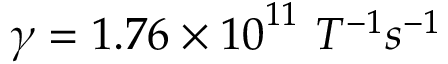
\gamma = 1 . 7 6 \times { 1 0 } ^ { 1 1 } \ { { T } } ^ { { - } { 1 } } { { s } } ^ { { - } { 1 } }